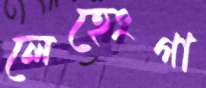
লেহেংগা